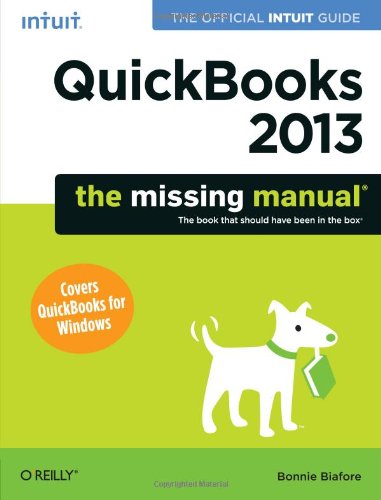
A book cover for QuickBooks 2013: The Missing Manual: The Official Intuit Guide to QuickBooks 2013; Bonnie Biafore; Computers & Technology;